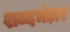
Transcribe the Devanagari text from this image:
शब्दभंड़ार